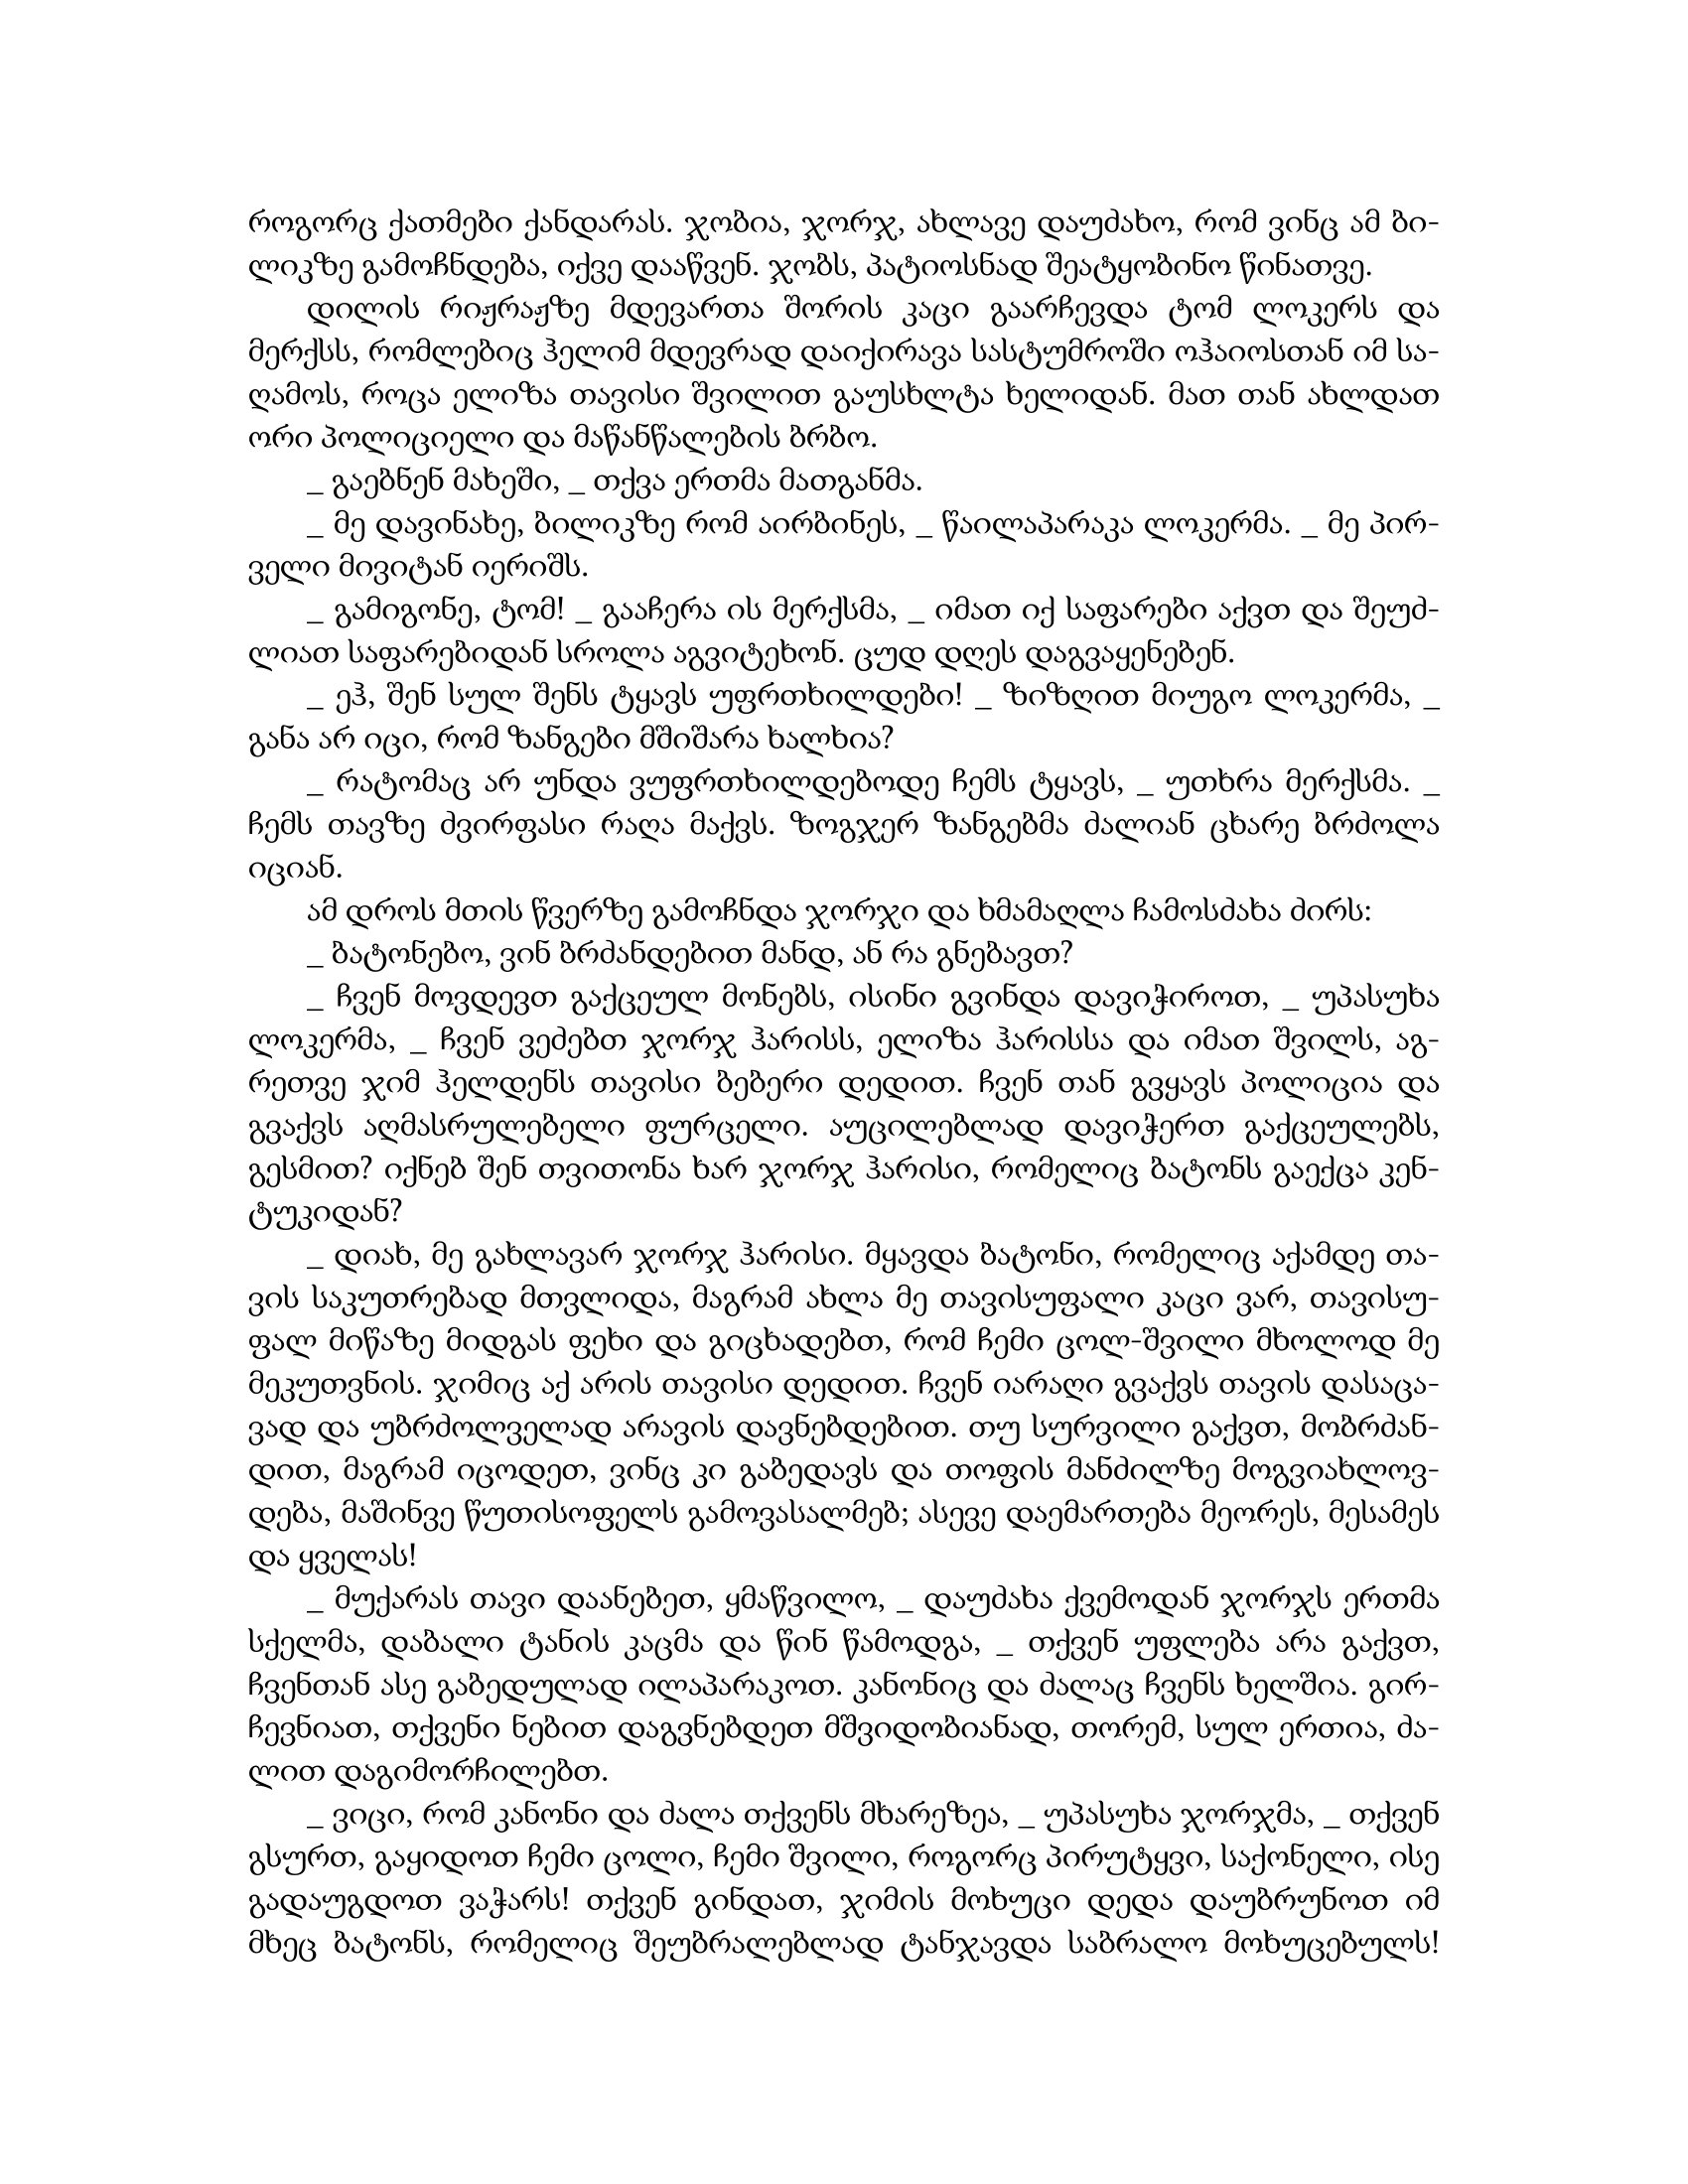
Language: gr